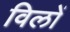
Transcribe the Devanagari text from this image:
विलों